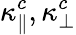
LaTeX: \kappa_{\parallel}^{c},\kappa_{\perp}^{c}